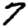
Digit: 7